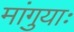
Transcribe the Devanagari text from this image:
मांगुयाः